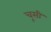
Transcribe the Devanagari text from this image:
चूसी